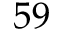
5 9